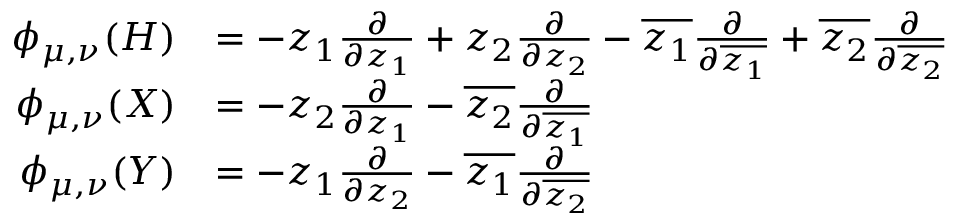
{ \begin{array} { r l } { \phi _ { \mu , \nu } ( H ) } & { = - z _ { 1 } { \frac { \partial } { \partial z _ { 1 } } } + z _ { 2 } { \frac { \partial } { \partial z _ { 2 } } } - { \overline { { z _ { 1 } } } } { \frac { \partial } { \partial { \overline { { z _ { 1 } } } } } } + { \overline { { z _ { 2 } } } } { \frac { \partial } { \partial { \overline { { z _ { 2 } } } } } } } \\ { \phi _ { \mu , \nu } ( X ) } & { = - z _ { 2 } { \frac { \partial } { \partial z _ { 1 } } } - { \overline { { z _ { 2 } } } } { \frac { \partial } { \partial { \overline { { z _ { 1 } } } } } } } \\ { \phi _ { \mu , \nu } ( Y ) } & { = - z _ { 1 } { \frac { \partial } { \partial z _ { 2 } } } - { \overline { { z _ { 1 } } } } { \frac { \partial } { \partial { \overline { { z _ { 2 } } } } } } } \end{array} }